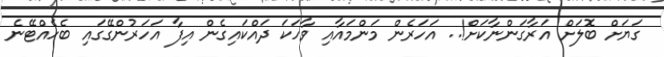
ގަޔަށް ބޮލަށް އަރާގަންނާކަށް!.. އަހަރެން މަންމައާއި ވާހަކަ ދައްކައިގެން އިފާ އަހަރުންގޭގައި ބެހެއްޓޭނެ